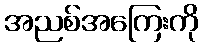
အညစ်အကြေးကို